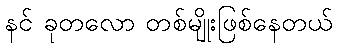
နင် ခုတလော တစ်မျိုးဖြစ်နေတယ်